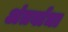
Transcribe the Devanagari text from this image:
अंतर्बाधा